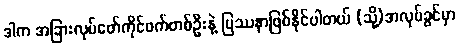
ဒါက အခြားလုပ်ဖော်ကိုင်ဖက်တစ်ဦးနဲ့ ပြဿနာဖြစ်နိုင်ပါတယ် (သို့)အလုပ်ခွင်မှာ